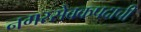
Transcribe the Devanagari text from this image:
नगरसेवकपदाची